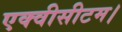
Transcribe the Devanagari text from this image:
एक्वीसीटम।